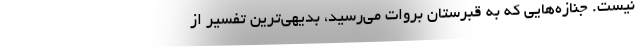
نيست. جنازه‌هايي كه به قبرستان بروات مي‌رسيد، بديهي‌ترين تفسير از